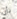
بأن